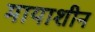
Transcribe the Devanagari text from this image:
मायाशीन